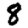
Digit: 8